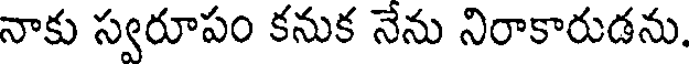
నాకు స్వరూపం కనుక నేను నిరాకారుడను.